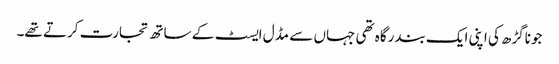
جوناگڑھ کی اپنی ایک بندرگاہ تھی جہاں سے مڈل ایسٹ کے ساتھ تجارت کرتے تھے۔